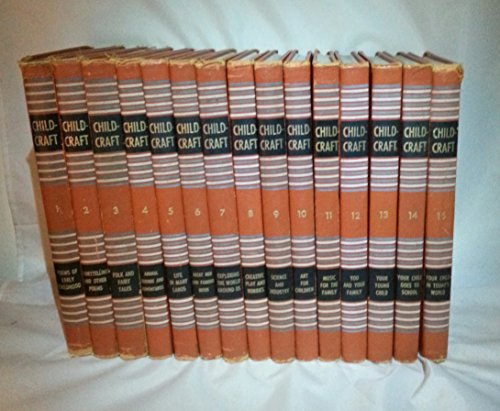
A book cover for Childcraft: How Why Library 1954 1-15 Set; Childcraft; Reference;